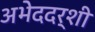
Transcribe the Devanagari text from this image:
अभेददर्शी